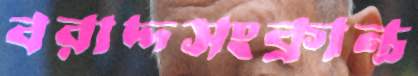
বরাদ্দসংক্রান্ত